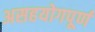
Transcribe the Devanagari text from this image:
असहयोगपूर्ण